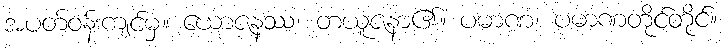
အပတ်ဝန်းကျင်မှ။ ယောဇနဿ၊ တယူဇနာ၏။ ပမာဏံ၊ ပမာဏတိုင်တိုင်။